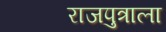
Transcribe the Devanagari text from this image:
राजपुत्राला